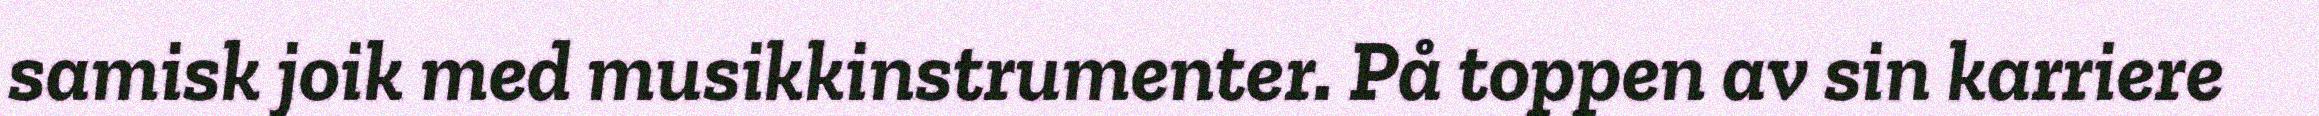
samisk joik med musikkinstrumenter. På toppen av sin karriere